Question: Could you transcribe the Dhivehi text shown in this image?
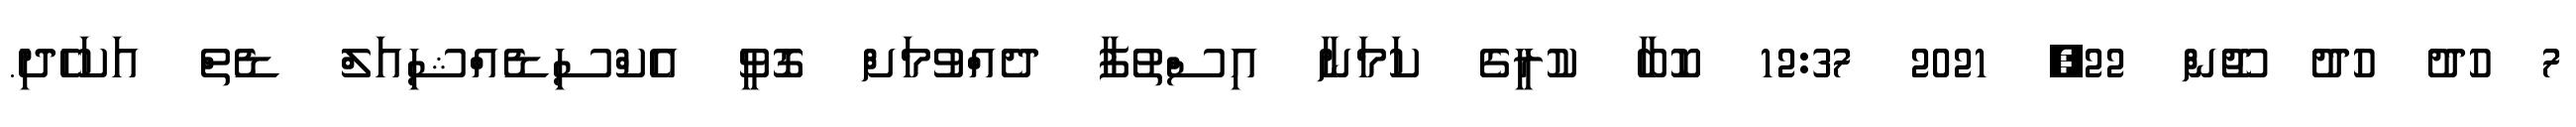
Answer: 7 ހުދު ހުދު ޖޫން 22, 2021 12:37 ކޮބާ ކުރީގެ ކަމަނާ އިސްތުފާ ދެއްވުމަށް ގޮވީ އެކްސިޑެއްޝިއަލް ޑެތް އަކަހެދި.